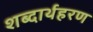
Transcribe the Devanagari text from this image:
शब्दार्थहरण